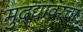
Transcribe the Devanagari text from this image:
मुद्द्यावरचा